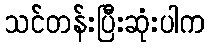
သင်တန်းပြီးဆုံးပါက